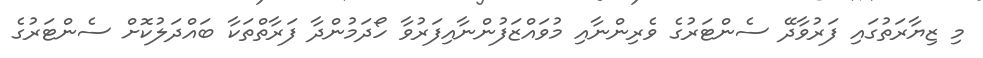
މި ޒިޔާރަތުގައި ފަރުވާދޭ ސެންޓަރުގެ ވެރިންނާއި މުވައްޒަފުންނާއިފަރުވާ ހޯދަމުންދާ ފަރާތްތަކާ ބައްދަލުކޮށް ސެންޓަރުގެ